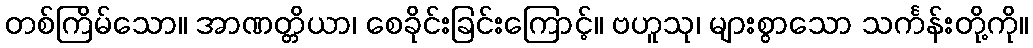
တစ်ကြိမ်သော။ အာဏတ္တိယာ၊ စေခိုင်းခြင်းကြောင့်။ ဗဟူသု၊ များစွာသော သင်္ကန်းတို့ကို။